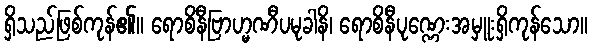
ရှိသည်ဖြစ်ကုန်၏။ ရောစိနီဗြာဟ္မဏီပမုခါနိ၊ ရောစိနီပုဏ္ဏေးအမှူးရှိကုန်သော။